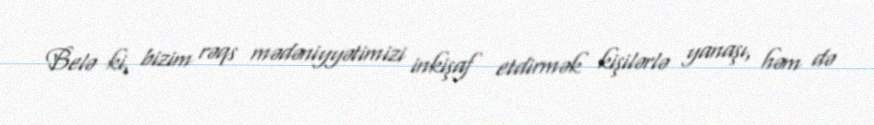
Belə ki, bizim rəqs mədəniyyətimizi inkişaf etdirmək kişilərlə yanaşı, həm də